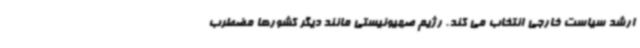
ارشد سیاست خارجی انتخاب می کند. رژیم صهیونیستی مانند دیگر کشورها مضطرب